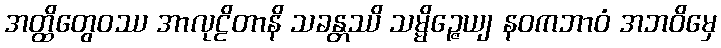
အတ္ထိတွေဝဿ အာလုဠိတာနိ သခန္တဿိ သမ္မိဉ္ဇေယျ နဝကဘာဝံ အဘဝိမှေ